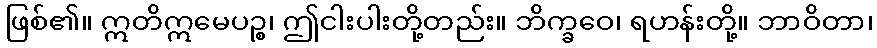
ဖြစ်၏။ ဣတိဣမေပဉ္စ၊ ဤငါးပါးတို့တည်း။ ဘိက္ခဝေ၊ ရဟန်းတို့။ ဘာဝိတာ၊